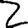
Digit: 2